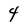
Character: 4